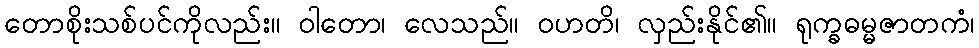
တောစိုးသစ်ပင်ကိုလည်း။ ဝါတော၊ လေသည်။ ဝဟတိ၊ လှည်းနိုင်၏။ ရုက္ခဓမ္မဇာတကံ၊